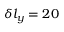
\delta l _ { y } = 2 0